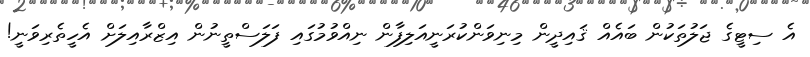
އެ ސިޓީގެ ޖަލުތަކުން ބައެއް ޤައިދީން މިނިވަންކުރަނީއަލިފާން ނިއްވުމުގައި ފަލަސްތީނުން އިޒްރާއިލަށް އެހީތެރިވަނީ!